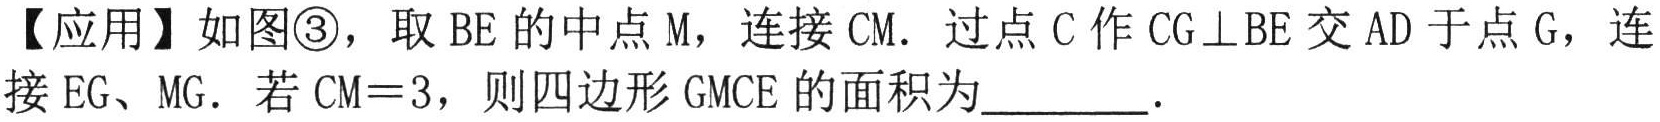
【应用】如图\textcircled{3}，取 \(BE\) 的中点 \(M\)，连接 \(CM\)．过点 \(C\) 作 \(CG\perp BE\) 交 \(AD\) 于点 \(G\)，连接 \(EG\)、\(MG\)．若 \(CM = 3\)，则四边形 \(GMCE\) 的面积为________．